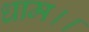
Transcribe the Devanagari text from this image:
धाम।।